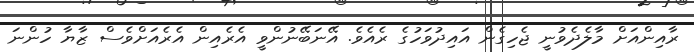
ރާއިންއަށް މާލެދެވުނީ ޖެހިގެން އައިދުވަހުގެ ރެއެވެ. އޭނަބޭނުންވީ އެރެއިން އެރެއަށްވެސް ޒާޔާ ހުންނަ